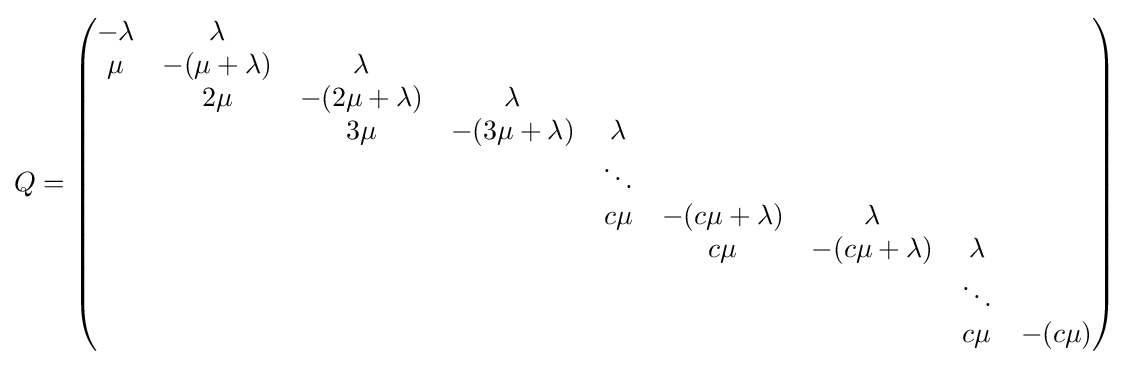
Q={\begin{pmatrix}-\lambda &\lambda \\\mu &-(\mu +\lambda )&\lambda \\&2\mu &-(2\mu +\lambda )&\lambda \\&&3\mu &-(3\mu +\lambda )&\lambda \\&&&&\ddots \\&&&&c\mu &-(c\mu +\lambda )&\lambda \\&&&&&c\mu &-(c\mu +\lambda )&\lambda \\&&&&&&&\ddots \\&&&&&&&c\mu &-(c\mu )\\\end{pmatrix}}